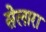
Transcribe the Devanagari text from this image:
सेलारा